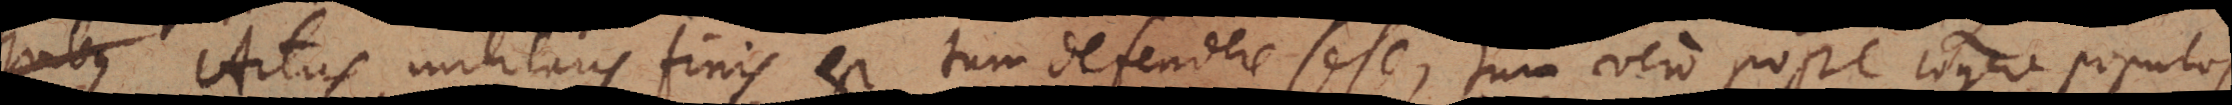
Artis militaris finis est tum defendere sese, tum vero posse cogere populos